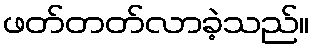
ဖတ်တတ်လာခဲ့သည်။